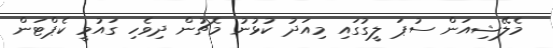
މެލޭޝިއަން ސުޕަ ލީގުގައި މިއަދު ކުޅުނު މެޗުން ދިވެހި ގައުމީ ކެޕްޓަން